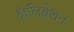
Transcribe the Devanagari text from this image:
कैलिब्रेशन